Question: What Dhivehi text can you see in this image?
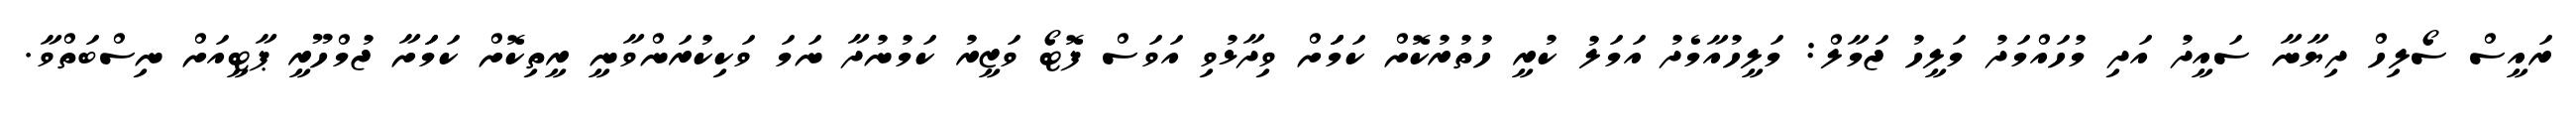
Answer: ރައީސް ސޯލިހް ދިޔާނާ ސައީދު އަދި މުހައްމަދު މަލީހު ޖަމާލް: މަލީހުއާމެދު އަމަލު ކުރީ ހުތުރުކޮށް ކަމަަަށް ވިދާޅުވި އަވަސް ފޮޓޯ ވަޒީރު ކަމުނުދާ ނަމަ ވަކިކުރަންވާނީ ރީތިކޮށް ކަމަަށާ ޖުމްހޫރީ ޕާޓީއަށް ނިސްބަތްވާ.